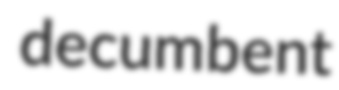
decumbent